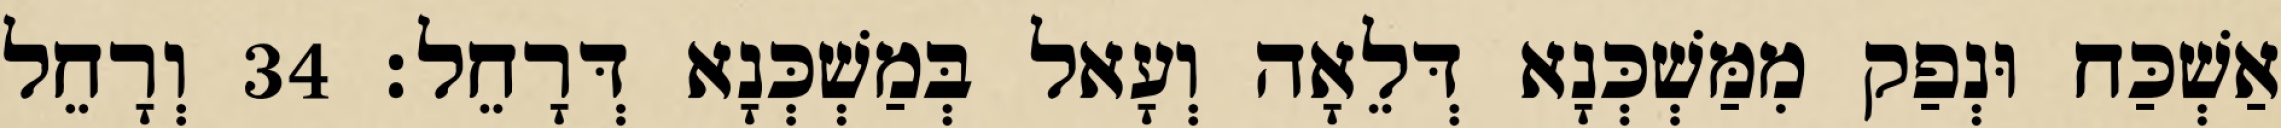
אַשְׁכַּח וּנְפַק מִמַּשְׁכְּנָא דְּלֵאָה וְעָאל בְּמַשְׁכְּנָא דְּרָחֵל׃ 34 וְרָחֵל